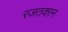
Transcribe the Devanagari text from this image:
रजतकान